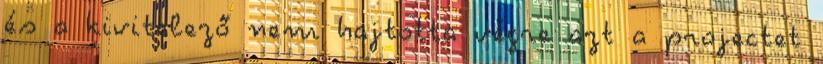
és a kivitelező nem hajtotta végre azt a projectet